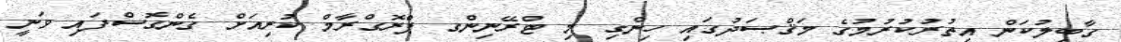
ގާބިލުކަން އިތުރުކުރުމުގެ މަޤްޞަދުގައި ހިންގި މި ޓްރޭނިންގ ޕްރޮގްރާމް ކުރިއަށް ގެންގޮސްފައި ވަނީ